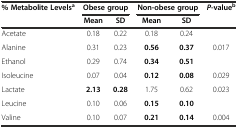
<table><thead><tr><td><b>% Metabolite Levels<sup>a</sup></b></td><td colspan="2"><b>Obese group</b></td><td colspan="2"><b>Non-obese group</b></td><td><b><i>P</i>-value<sup>b</sup></b></td></tr><tr><td></td><td><b>Mean</b></td><td><b>SD</b></td><td><b>Mean</b></td><td><b>SD</b></td><td></td></tr></thead><tbody><tr><td>Acetate</td><td>0.18</td><td>0.22</td><td>0.18</td><td>0.24</td><td></td></tr><tr><td>Alanine</td><td>0.31</td><td>0.23</td><td><b>0.56</b></td><td><b>0.37</b></td><td>0.017</td></tr><tr><td>Ethanol</td><td>0.29</td><td>0.74</td><td><b>0.34</b></td><td><b>0.51</b></td><td></td></tr><tr><td>Isoleucine</td><td>0.07</td><td>0.04</td><td><b>0.12</b></td><td><b>0.08</b></td><td>0.029</td></tr><tr><td>Lactate</td><td><b>2.13</b></td><td><b>0.28</b></td><td>1.75</td><td>0.62</td><td>0.023</td></tr><tr><td>Leucine</td><td>0.10</td><td>0.06</td><td><b>0.15</b></td><td><b>0.10</b></td><td></td></tr><tr><td>Valine</td><td>0.10</td><td>0.07</td><td><b>0.21</b></td><td><b>0.14</b></td><td>0.004</td></tr></tbody></table>